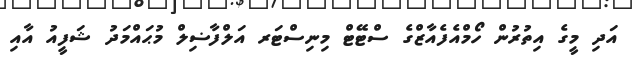
އަދި މީގެ އިތުރުން ހޯމްއެފެއާޒްގެ ސްޓޭޓް މިނިސްޓަރ އަލްފާޟިލް މުޙައްމަދު ޝަފީއު އާއި